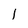
Character: l